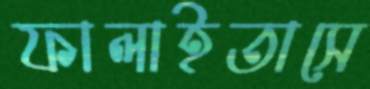
ফালাইতাসে